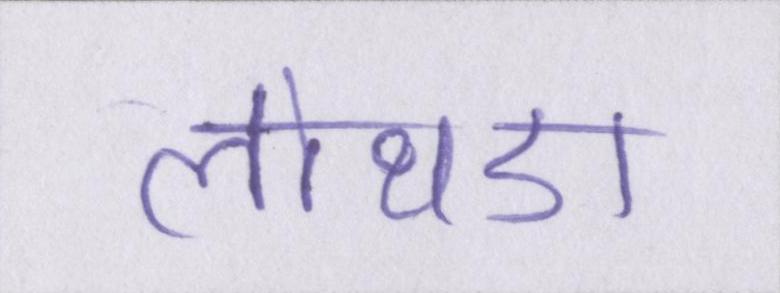
लोथडा